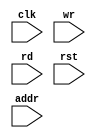
module sram(input clk,wr,rd,rst,input [1:0]addr);
reg [15:0] mem[3:0]; 
reg [15:0] data; 
integer i; 
always@(posedge clk)
begin
    
    if(rst)
    for(i=0;i<=3;i=i+1)
    begin
        mem[i]=0;
    end
    else if(wr && !rd)
    begin
        mem[addr]=data;
    end
    else if(!wr && rd) 
    begin
        data=mem[addr];
    end
end
endmodule